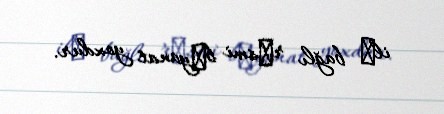
ilә bağlı rәsmi bәyanat yoxdur.